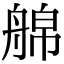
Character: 艊